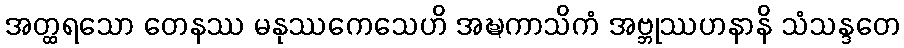
အတ္ထရသော တေနဿ မနုဿကေသေဟိ အဍ္ဎကာသိကံ အဗ္ဘုဿဟနာနိ သံသန္ဒတေ